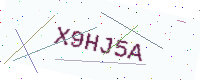
Text: X9HJ5A